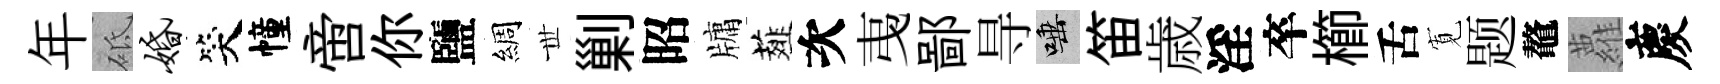
年砥婚笑幢啻你鹽綢𠀍剿昭牗薤次𢎯鄙㝵唾笛歳淫卒櫛舌𡩖题鼇蘿慶